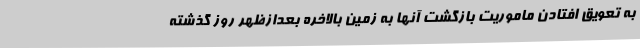
به تعویق افتادن ماموریت بازگشت آنها به زمین بالاخره بعدازظهر روز گذشته